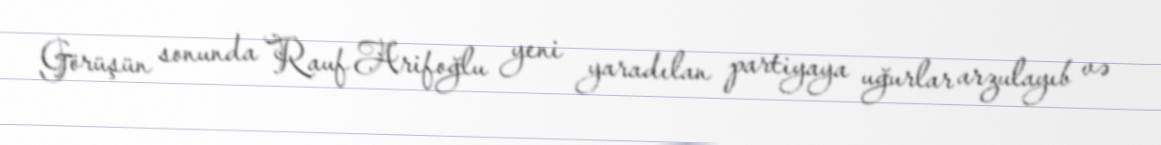
Görüşün sonunda Rauf Arifoğlu yeni yaradılan partiyaya uğurlar arzulayıb və